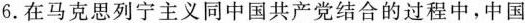
6.在马克思列宁主义同中国共产党结合的过程中，中国